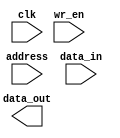
`timescale 1ns / 1ps
//////////////////////////////////////////////////////////////////////////////////
// Company: 
// Engineer: 
// 
// Design Name: 
// Module Name:    banco_registros 
// Project Name: 
// Target Devices: 
// Tool versions: 
// Description: 
//
// Dependencies: 
//
// Revision: 
// Revision 0.01 - File Created
// Additional Comments: 
//
//////////////////////////////////////////////////////////////////////////////////
module sp_banco_registros
#( parameter W=8, // number of bits in a word
	A=4 // number of address bits
)
(
   input clk,
	input wr_en,
   input[A-1:0] address,
   input[W-1:0] data_in,
	output[W-1:0] data_out
   );

	reg [W-1:0] array_reg [(2**A)-1:0];
	
	always@ (posedge clk)
	begin
		if ( wr_en )
			array_reg[address] <= data_in;
	end
	
	assign data_out1 = array_reg[address];
	assign data_out2 = array_reg[address];
	
endmodule